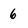
Character: 6